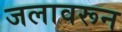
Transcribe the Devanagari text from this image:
जलावरून